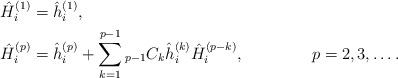
LaTeX: \begin{align*} &\hat{H}_{i}^{( 1 )} = \hat{h}_{i}^{( 1 )}, & & \\ &\hat{H}_{i}^{( p )} = \hat{h}_{i}^{( p )} + \sum_{k = 1}^{p - 1} {}_{p - 1} C_{k} \hat{h}_{i}^{( k )} \hat{H}_{i}^{( p - k )}, & &p = 2, 3, \dots . \end{align*}